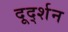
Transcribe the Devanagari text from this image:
दूर्द्शन